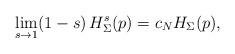
LaTeX: \begin{align*}\lim_{s\to 1} (1-s)\,H_{\Sigma}^s (p)= c_N H_{\Sigma} (p),\end{align*}